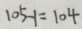
1 0 5 - 1 = 1 0 4